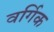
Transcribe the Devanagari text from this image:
वर्गिक